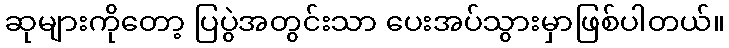
ဆုများကိုတော့ ပြပွဲအတွင်းသာ ပေးအပ်သွားမှာဖြစ်ပါတယ်။